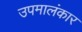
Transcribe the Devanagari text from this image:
उपमालंकार